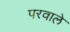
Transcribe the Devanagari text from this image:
परवाले